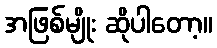
အဖြစ်မျိုး ဆိုပါတော့။